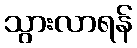
သွားလာရန်